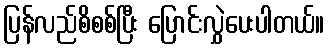
ပြန်လည်စိစစ်ပြီး ပြောင်းလွှဲပေးပါတယ်။